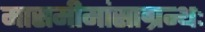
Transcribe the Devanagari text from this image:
मासमीमांसाग्रन्थः